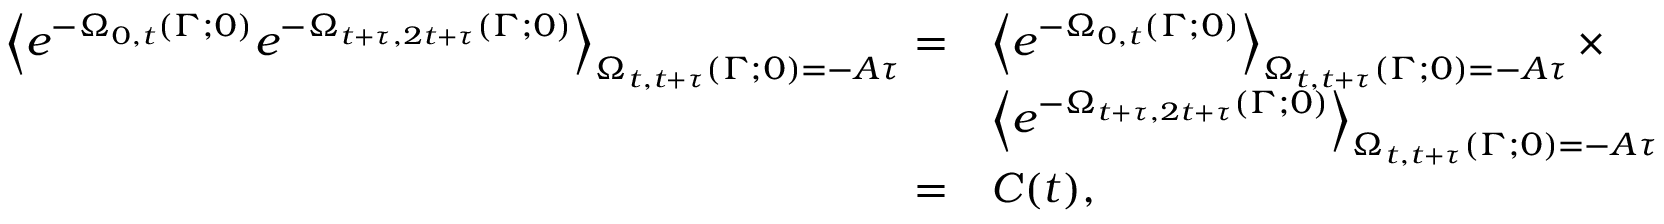
\begin{array} { r l } { \left< e ^ { - \Omega _ { 0 , t } ( \Gamma ; 0 ) } e ^ { - \Omega _ { t + \tau , 2 t + \tau } ( \Gamma ; 0 ) } \right> _ { \Omega _ { t , t + \tau } ( \Gamma ; 0 ) = - A \tau } = } & { \left< e ^ { - \Omega _ { 0 , t } ( \Gamma ; 0 ) } \right> _ { \Omega _ { t , t + \tau } ( \Gamma ; 0 ) = - A \tau } \times \hfill } \\ & { \left< e ^ { - \Omega _ { t + \tau , 2 t + \tau } ( \Gamma ; 0 ) } \right> _ { \Omega _ { t , t + \tau } ( \Gamma ; 0 ) = - A \tau } } \\ { = } & { C ( t ) , } \end{array}